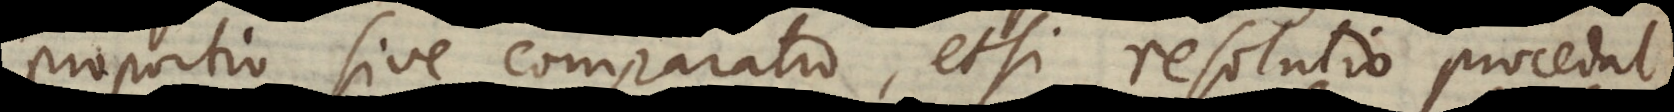
proportio sive comparatio, etsi resolutio procedat